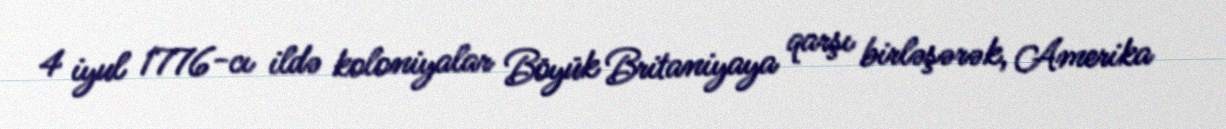
4 iyul 1776-cı ildə koloniyalar Böyük Britaniyaya qarşı birləşərək, Amerika